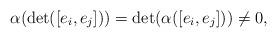
LaTeX: \begin{align*}\alpha(\mbox{det}([e_i,e_j]))=\mbox{det}(\alpha([e_i,e_j]))\neq 0,\end{align*}